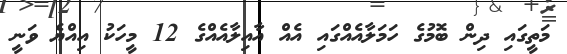
މަތީގައި ދިން ބޮމުގެ ހަމަލާއެއްގައި އެއް އާއިލާއެއްގެ 12 މީހަކު އިއްޔެ ވަނީ